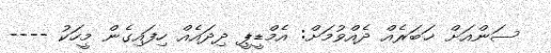
ސަންއަށް ޚަބަރެއް ދެއްވުމަށް: އެމްޑީޕީ ދިދައެއް ހިފައިގެން މީހަކު ----